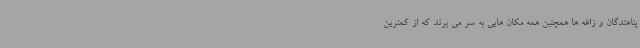
پناهندگان و زاغه ها همچنین همه مکان هایی به سر می برند که از کمترین